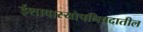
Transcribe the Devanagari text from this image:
ईशावास्योपनिषदातील